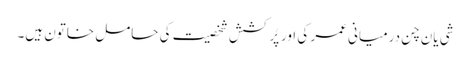
شی یان چن درمیانی عمر کی اور پُرکشش شخصیت کی حامل خاتون ہیں۔